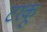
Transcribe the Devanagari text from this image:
टरकू